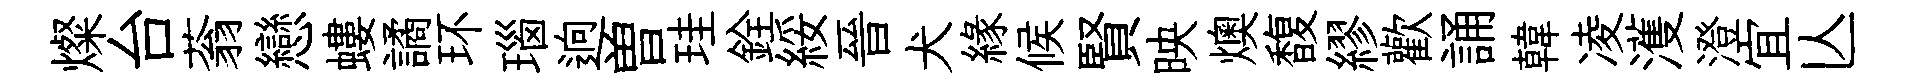
燦台蓊戀螻譎环瑙逈曽珪銓綏晉犬縁候賢映燠馥繆歡誦韓凌濩澄宜亾